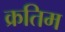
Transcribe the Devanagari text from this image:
क्रतिम